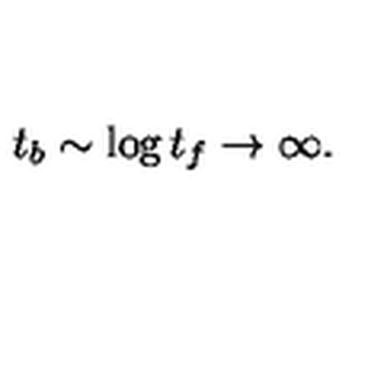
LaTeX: t _ { b } \sim \log t _ { f } \rightarrow \infty .